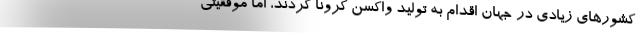
کشورهای زیادی در جهان اقدام به تولید واکسن کرونا کردند، اما موفقیتی